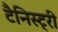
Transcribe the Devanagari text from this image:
टैनिस्ट्री